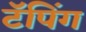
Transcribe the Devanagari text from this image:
टॅपिंग